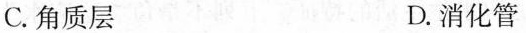
C.角质层 D.消化管